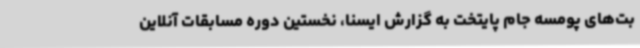
بت‌های پومسه جام پایتخت به گزارش ایسنا، نخستین دوره مسابقات آنلاین